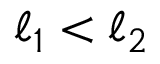
{ \boldsymbol { \ell } } _ { 1 } < { \boldsymbol { \ell } } _ { 2 }